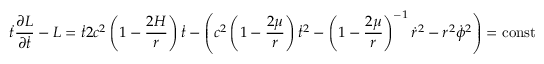
\dot { t } \frac { \partial L } { \partial \dot { t } } - L = \dot { t } 2 c ^ { 2 } \left( 1 - \frac { 2 H } { r } \right) \dot { t } - \left( c ^ { 2 } \left( 1 - \frac { 2 \mu } { r } \right) \dot { t } ^ { 2 } - \left( 1 - \frac { 2 \mu } { r } \right) ^ { - 1 } \dot { r } ^ { 2 } - r ^ { 2 } \dot { \phi } ^ { 2 } \right) = \operatorname { c o n s t }